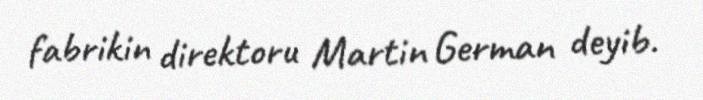
fabrikin direktoru Martin German deyib.